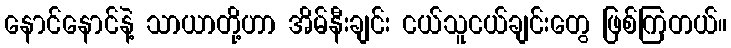
နောင်နောင်နဲ့ သာယာတို့ဟာ အိမ်နီးချင်း ငယ်သူငယ်ချင်းတွေ ဖြစ်ကြတယ်။